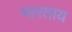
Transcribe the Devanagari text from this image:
भारताय